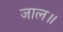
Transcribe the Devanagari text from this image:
जाल॥